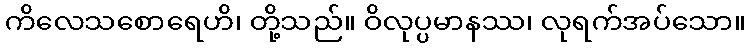
ကိလေသစောရေဟိ၊ တို့သည်။ ဝိလုပ္ပမာနဿ၊ လုရက်အပ်သော။